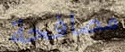
مصافحة